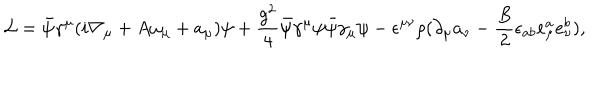
{ \cal L } = \bar { \psi } \gamma ^ { \mu } ( i \nabla _ { \mu } + A \omega _ { \mu } + a _ { \mu } ) \psi + \frac { g ^ { 2 } } { 4 } \bar { \psi } \gamma ^ { \mu } \psi \bar { \psi } \gamma _ { \mu } \psi - \epsilon ^ { \mu \nu } \rho ( \partial _ { \mu } a _ { \nu } - \frac { B } { 2 } \epsilon _ { a b } e _ { \mu } ^ { a } e _ { \nu } ^ { b } ) ,